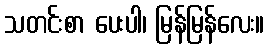
သတင်းစာ ပေးပါ၊ မြန်မြန်လေး။